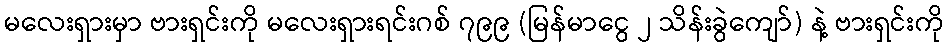
မလေးရှားမှာ ဗားရှင်းကို မလေးရှားရင်းဂစ် ၇၉၉ (မြန်မာငွေ ၂ သိန်းခွဲကျော်) နဲ့ ဗားရှင်းကို